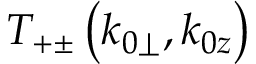
T _ { + \pm } \left( k _ { 0 \perp } , k _ { 0 z } \right)